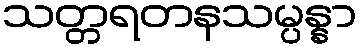
သတ္တရတနသမ္ပန္နာ